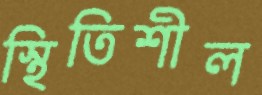
স্থিতিশীল